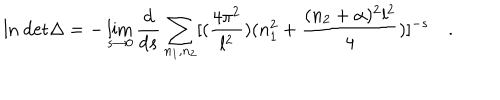
LaTeX: \mathrm { l n ~ d e t } \Delta = - \lim _ { s \to 0 } { \frac { d } { d s } } \sum _ { n _ { 1 } , n _ { 2 } } [ ( { \frac { 4 \pi ^ { 2 } } { l ^ { 2 } } } ) ( n _ { 1 } ^ { 2 } + { \frac { ( n _ { 2 } + \alpha ) ^ { 2 } l ^ { 2 } } { 4 } } ) ] ^ { - s } \quad .